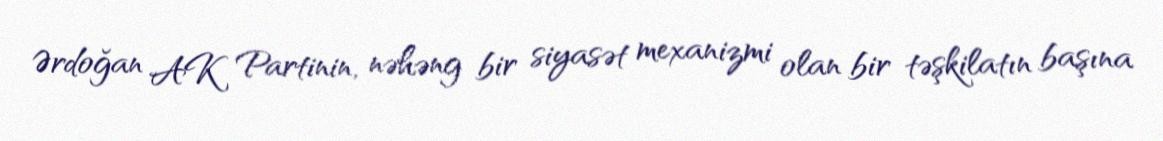
Ərdoğan AK Partinin, nəhəng bir siyasət mexanizmi olan bir təşkilatın başına